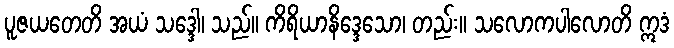
ပူဇယတေတိ အယံ သဒ္ဒေါ၊ သည်။ ကိရိယာနိဒ္ဒေသော၊ တည်း။ သလောကပါလောတိ ဣဒံ